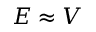
E \approx V